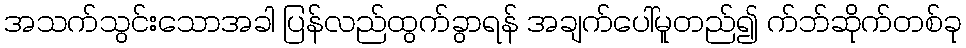
အသက်သွင်းသောအခါ ပြန်လည်ထွက်ခွာရန် အချက်ပေါ်မူတည်၍ က်ဘ်ဆိုက်တစ်ခု